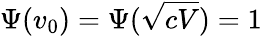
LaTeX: \Psi(v_{0})=\Psi(\sqrt{cV})=1